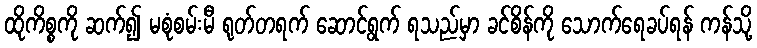
ထိုကိစ္စကို ဆက်၍ မစုံစမ်းမီ ရုတ်တရက် ဆောင်ရွက် ရသည်မှာ ခင်စိန်ကို သောက်ရေခပ်ရန် ကန်သို့